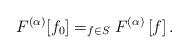
LaTeX: \begin{align*} F^{(\alpha)} [f_0] = _{f \in S} F^{(\alpha)} \left[f \right].\end{align*}